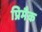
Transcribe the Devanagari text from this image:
प्रिमैक